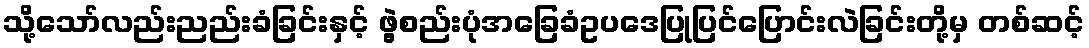
သို့သော်လည်းညည်းခံခြင်းနှင့် ဖွဲ့စည်းပုံအခြေခံဥပဒေပြုပြင်ပြောင်းလဲခြင်းတို့မှ တစ်ဆင့်